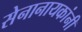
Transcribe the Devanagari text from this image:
सेनानायकांनी